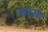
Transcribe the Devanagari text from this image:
बकाब